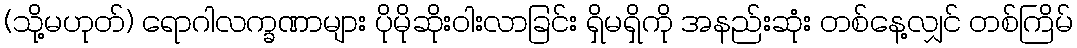
(သို့မဟုတ်) ရောဂါလက္ခဏာများ ပိုမိုဆိုးဝါးလာခြင်း ရှိမရှိကို အနည်းဆုံး တစ်နေ့လျှင် တစ်ကြိမ်